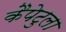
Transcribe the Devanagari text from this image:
कैपेटुला